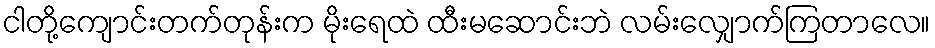
ငါတို့ကျောင်းတက်တုန်းက မိုးရေထဲ ထီးမဆောင်းဘဲ လမ်းလျှောက်ကြတာလေ။